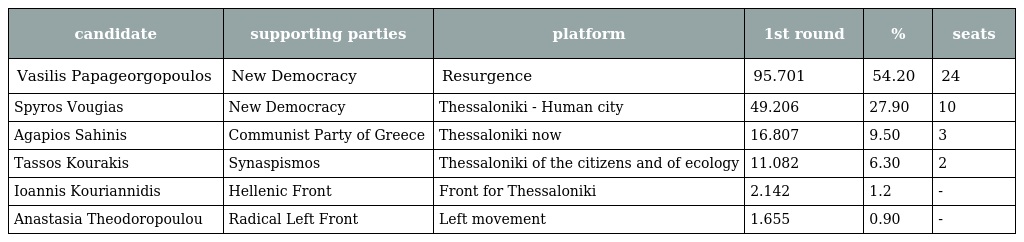
| candidate | supporting parties | platform | 1st round | % | seats |
 | --- | --- | --- | --- | --- | --- |
 | Vasilis Papageorgopoulos | New Democracy | Resurgence | 95.701 | 54.20 | 24 |
 | Spyros Vougias | New Democracy | Thessaloniki - Human city | 49.206 | 27.90 | 10 |
 | Agapios Sahinis | Communist Party of Greece | Thessaloniki now | 16.807 | 9.50 | 3 |
 | Tassos Kourakis | Synaspismos | Thessaloniki of the citizens and of ecology | 11.082 | 6.30 | 2 |
 | Ioannis Kouriannidis | Hellenic Front | Front for Thessaloniki | 2.142 | 1.2 | - |
 | Anastasia Theodoropoulou | Radical Left Front | Left movement | 1.655 | 0.90 | - |